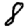
Digit: 8